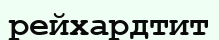
рейхардтит